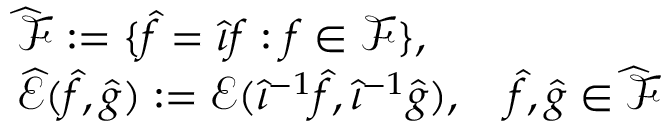
\begin{array} { r l } & { \widehat { \mathscr F } : = \{ \widehat f = \widehat \iota f : f \in { \mathscr F } \} , } \\ & { \widehat { \mathscr E } ( \widehat f , \widehat g ) : = { \mathscr E } ( \widehat { \iota } ^ { - 1 } \widehat f , \widehat { \iota } ^ { - 1 } \widehat g ) , \quad \widehat f , \widehat g \in \widehat { \mathscr F } } \end{array}